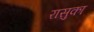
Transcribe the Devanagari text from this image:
रासुका